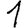
Digit: 1